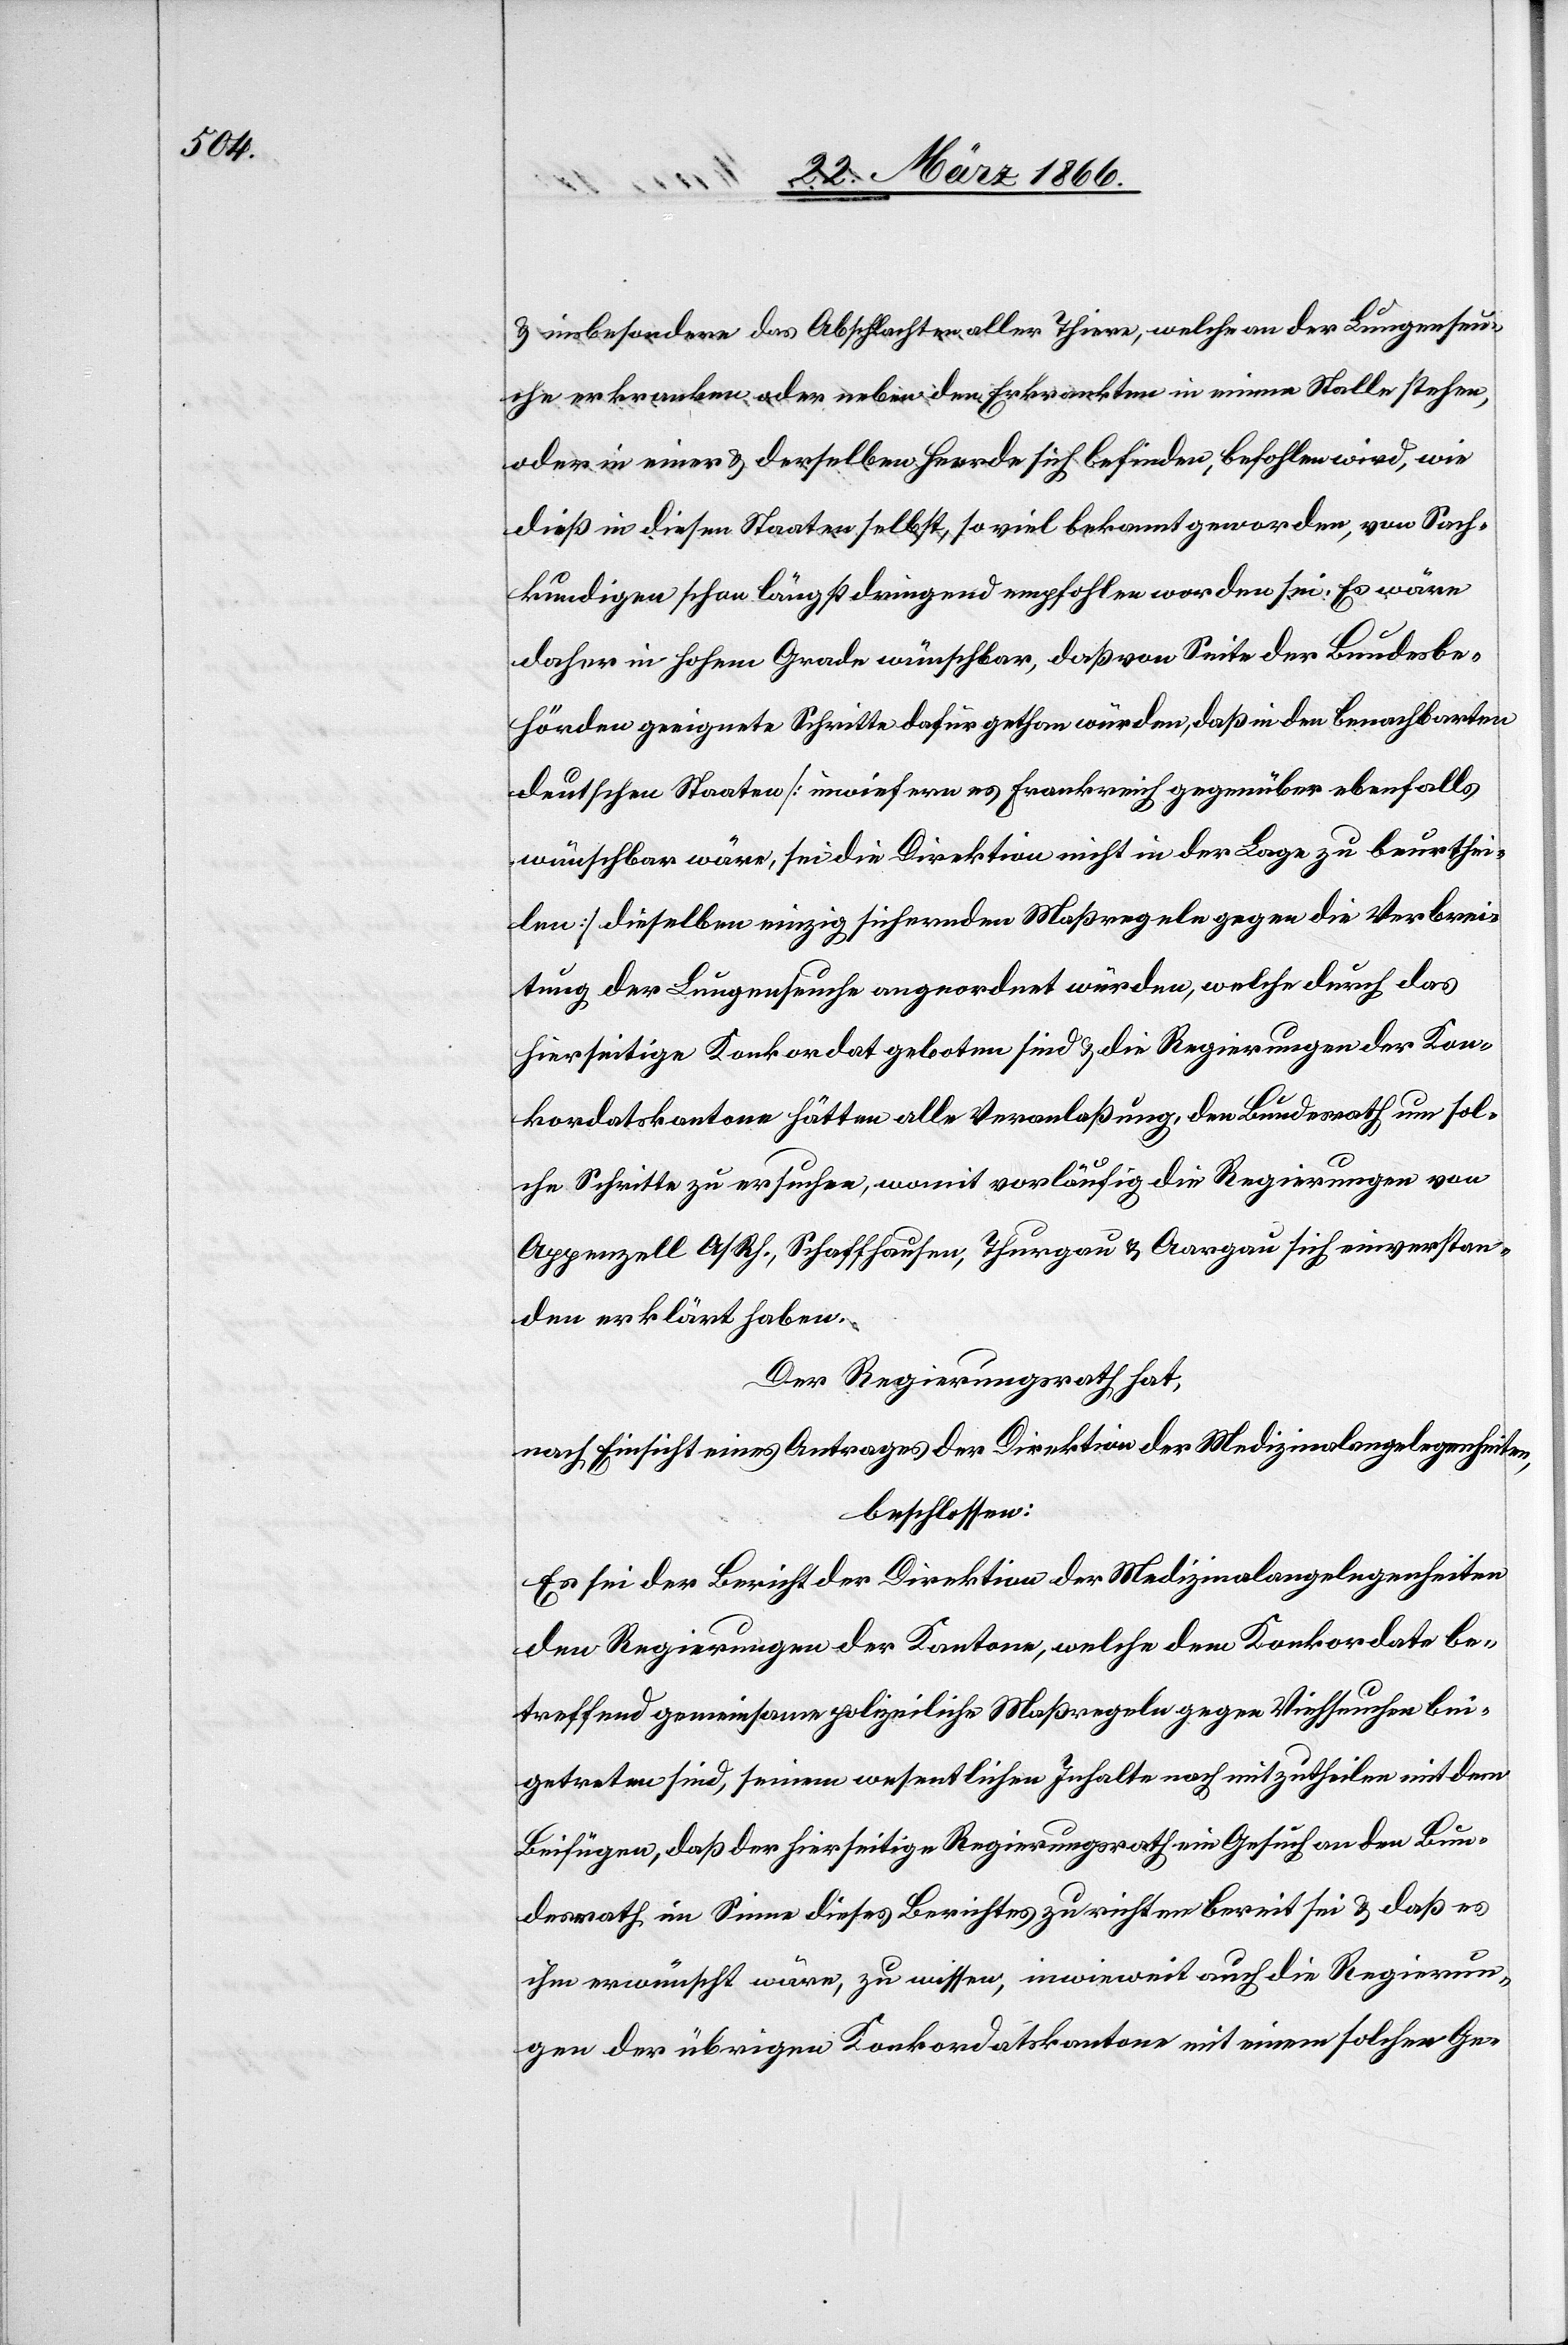
u. insbesondere das Abschlachten aller Thiere, welche an der Lungenseu¬
che erkranken oder neben den Erkrankten in einem Stalle stehen,
oder in einer u. derselben Heerde sich befinden, befohlen wird, wie
dieß in diesen Staaten selbst, so viel bekannt geworden, von Sach¬
kundigen schon längst dringend empfohlen worden sei. Es wäre
daher in hohem Grade wünschbar, daß von Seite der Bundesbe¬
hörden geeignete Schritte dafür gethan würden, daß in den benachbarten
deutschen Staaten [inwiefern es Frankreich gegenüber ebenfalls
wünschbar wäre, sei die Direktion nicht in der Lage zu beurthei¬
len] dieselben einzig sichernden Maßregeln gegen die Verbrei¬
tung der Lungenseuche angeordnet würden, welche durch das
hierseitige Konkordat geboten sind u. die Regierungen der Kon¬
kordatskantone hätten alle Veranlaßung, den Bundesrath um sol¬
che Schritte zu ersuchen, womit vorläufig die Regierungen von
Appenzell A/Rh., Schaffhausen, Thurgau u. Aargau sich einverstan¬
den erklärt haben.
Der Regierungsrath hat,
nach Einsicht eines Antrages der Direktion der Medizinalangelegenheiten,
beschlossen:
Es sei der Bericht der Direktion der Medizinalangelegenheiten
den Regierungen der Kantone, welche dem Konkordat be¬
treffend gemeinsame polizeiliche Maßregeln gegen Viehseuchen bei¬
getreten sind, seinem wesentlichen Inhalt nach mitzutheilen mit dem
Beifügen, daß der hierseitige Regierungsrath ein Gesuch an den Bun¬
desrath im Sinne dieses Berichtes zu richten bereit sei u. daß es
ihm wünschbar wäre, zu wissen, inwieweit auch die Regierun¬
gen der übrigen Konkordatskantone mit einem solchen Ge-